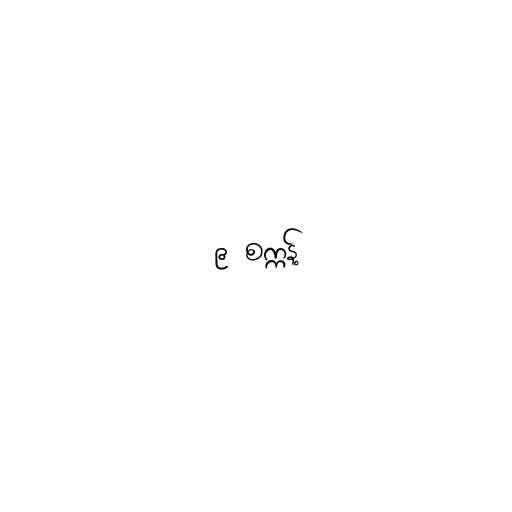
၉ စက္ကန့်